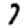
Digit: 7